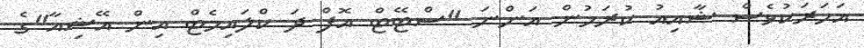
އަހަރަކުވެސް ޝާއިއު ކުރަމުން އަންނަ "ސްޓޭޓް އޮފް ދަ ކްލައިމެޓް އިން އޭޝިއާ"ގެ